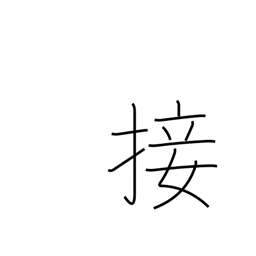
Meaning: contact